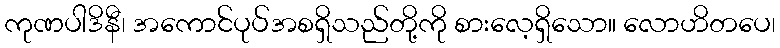
ကုဏပါဒိနီ၊ အကောင်ပုပ်အစရှိသည်တို့ကို စားလေ့ရှိသော။ လောဟိတပေ၊